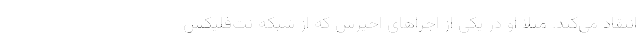
انتقاد می‌کند. مثلا او در یکی از اجراهای اخیرش که از شبکه نت‌فلیکس